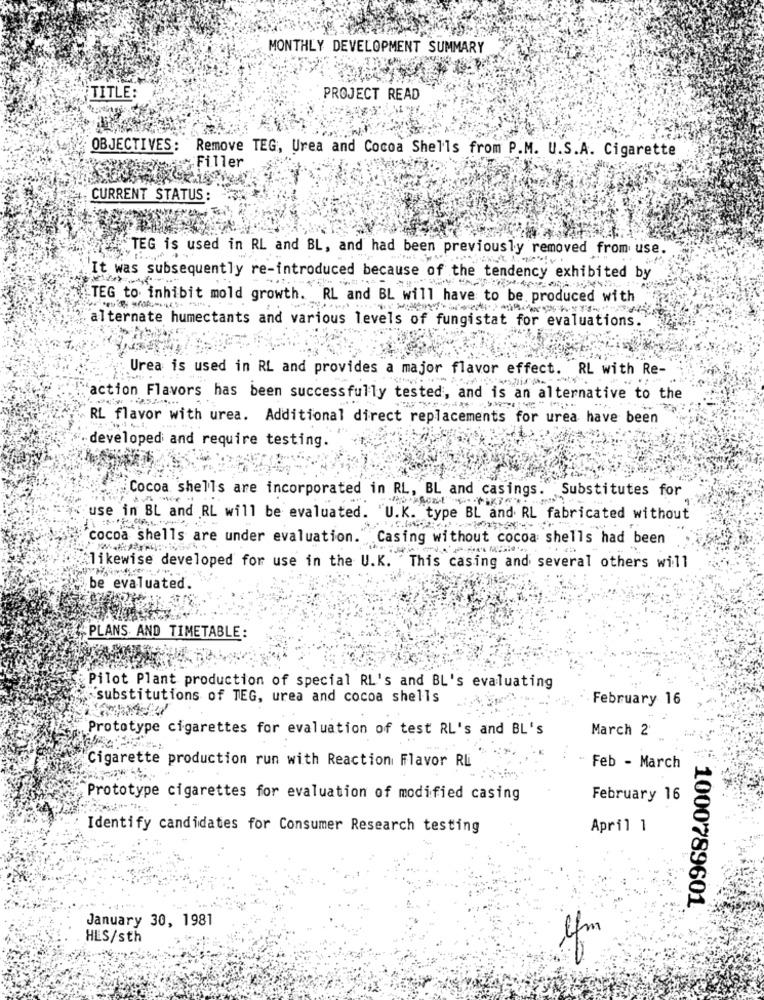
MONTHLY DEVELOPMENT SUMMARY
TITLE:
PROJECT READ
OBJECTIVES:
Remove TEG, Urea and Cocoa Shells from P.M. U.S.A. Cigarette
Filler
CURRENT STATUS:
"TEG is used in RL and BL, and had been previously removed from use.
It was subsequently re-introduced because of the tendency exhibited by
STEG to inhibit mold growth. RL and BL will have to be produced with
alternate humectants and various levels of fungistat for evaluations.
Urea is used in RL and provides a major flavor effect. RL with Re-
'action Flavors has been successfully tested, and is an alternative to the
RL flavor with urea. Additional direct replacements for urea have been
developed and require testing.
Cocoa shells are incorporated in RL, BL and casings. Substitutes for
use in BL and RL will be evaluated. "U.K. type BL and RL fabricated without
cocoa shells are under evaluation."Casing without cocoa shells had been
. ...
Alikewise developed for use in the U.K. This casing and several others will
be evaluated
PLANS AND TIMETABLE:
Pilot Plant production of special RL's and BL's evaluating
substitutions of TEG, urea and cocoa shells
February 16
Prototype cigarettes for evaluation of test RL's and BL's
March 2
Cigarette production run with Reaction Flavor RLi
Feb - March
Prototype cigarettes for evaluation of modified casing
February 16
Identify candidates for Consumer Research testing
April 1
1000789601
January 30, 1981
HES/sth